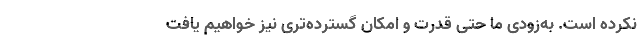
نکرده ‌است. به‌زودی ما حتی قدرت و امکان گسترده‌تری نیز خواهیم یافت